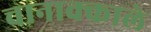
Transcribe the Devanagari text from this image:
चानाक्काले